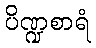
ပိဏ္ဍစာရံ